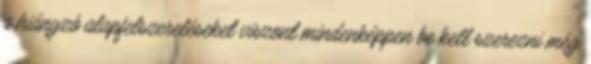
a hiányzó alapfelszereléseket viszont mindenképpen be kell szerezni még